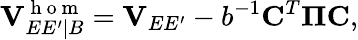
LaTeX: \mathbf{V}_{EE^{\prime}|B}^{\mathrm{~h~o~m~}}=\mathbf{V}_{EE^{\prime}}-b^{-1}\mathbf{C}^{T}\boldsymbol{\Pi}\mathbf{C},